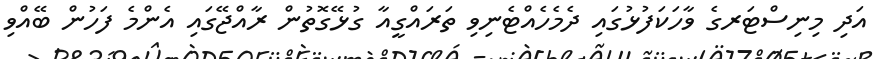
އަދި މިނިސްޓަރގެ ވާހަކަފުޅުގައި ދެމެހެއްޓެނިވި ތަރައްގީއާ ގުޅޭގޮތުން ރާއްޖޭގައި އެންމެ ފަހުން ބޭއްވި